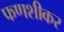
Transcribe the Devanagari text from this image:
फणशीकर